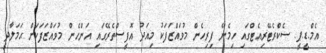
އެމް.ޑީ.ޕީ. ސެކްރެޓޭރިއެޓްގައި ހިމެނޭ ފިރިހެން މުވައްޒަފަކު މިއަދު އޮފީސްތެރޭގައި އަންހެން މުވައްޒަފަކަށް ޙަމަލާދީ